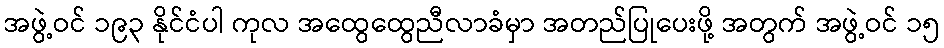
အဖွဲ့ဝင် ၁၉၃ နိုင်ငံပါ ကုလ အထွေထွေညီလာခံမှာ အတည်ပြုပေးဖို့ အတွက် အဖွဲ့ဝင် ၁၅